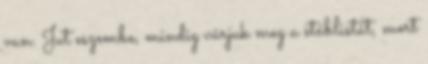
van. Jut eszembe, mindig várjuk meg a stáblistát, mert